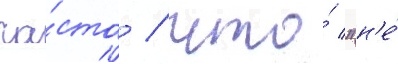
ча́сто / что́ "н'е́